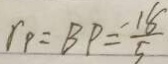
r _ { P } = B P = \frac { 1 8 } { 5 }